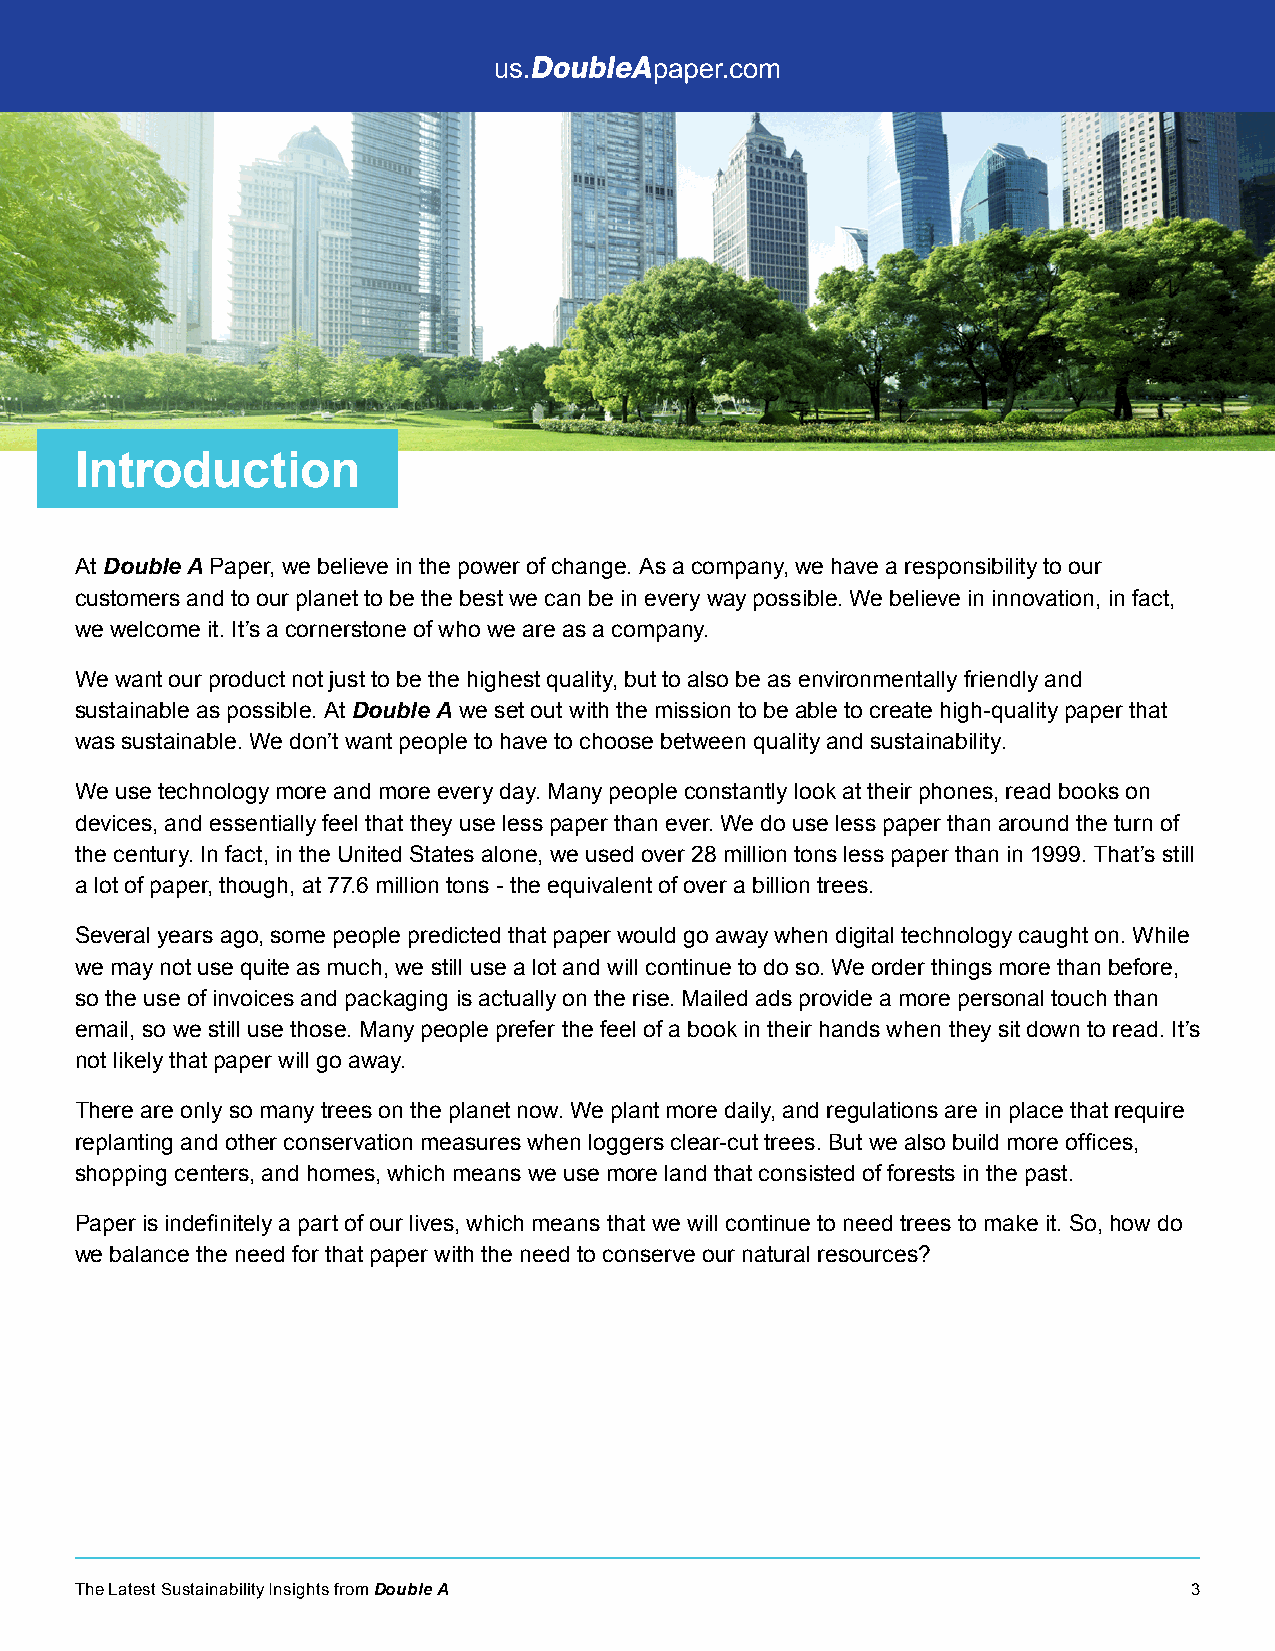
Introduction
 At Double A Paper, we believe in the power of change. As a company, we have a responsibility to our
 customers and to our planet to be the best we can be in every way possible. We believe in innovation, in fact,
 we welcome it. It’s a cornerstone of who we are as a company.
 We want our product not just to be the highest quality, but to also be as environmentally friendly and
 sustainable as possible. At Double A we set out with the mission to be able to create high-quality paper that
 was sustainable. We don’t want people to have to choose between quality and sustainability.
 We use technology more and more every day. Many people constantly look at their phones, read books on
 devices, and essentially feel that they use less paper than ever. We do use less paper than around the turn of
 the century. In fact, in the United States alone, we used over 28 million tons less paper than in 1999. That’s still
 a lot of paper, though, at 77.6 million tons - the equivalent of over a billion trees.
 Several years ago, some people predicted that paper would go away when digital technology caught on. While
 we may not use quite as much, we still use a lot and will continue to do so. We order things more than before,
 so the use of invoices and packaging is actually on the rise. Mailed ads provide a more personal touch than
 email, so we still use those. Many people prefer the feel of a book in their hands when they sit down to read. It’s
 not likely that paper will go away.
 There are only so many trees on the planet now. We plant more daily, and regulations are in place that require
 replanting and other conservation measures when loggers clear-cut trees. But we also build more offices,
 shopping centers, and homes, which means we use more land that consisted of forests in the past.
 Paper is indefinitely a part of our lives, which means that we will continue to need trees to make it. So, how do
 we balance the need for that paper with the need to conserve our natural resources?
 The Latest Sustainability Insights from Double A                          3